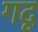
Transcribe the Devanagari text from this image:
गदृ